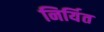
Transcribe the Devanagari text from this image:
निर्यित